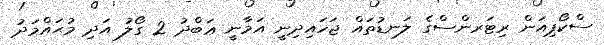
ސްކޯޕިއަން ރިޓަރންސްގެ ލަނޑުތައް ޖަހައިދިނީ އަމާނީ ޢަބްދު 2 ގޯލު އަދި މުޙައްމަދު